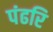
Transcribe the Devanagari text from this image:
पंढरि